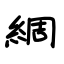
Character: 綢